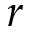
r